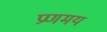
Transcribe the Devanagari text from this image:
प्रणमय